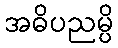
အဓိပညမ္ပိ